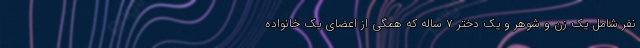
نفر شامل یک زن و شوهر و یک دختر ۷ ساله که همگی از اعضای یک خانواده